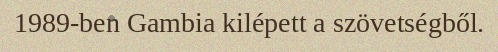
1989-ben Gambia kilépett a szövetségből.